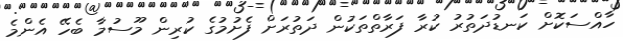
ހާއްސަކޮށް ކަނޑުދަތުރު ކުރާ ފަރާތްތަކުން ދަތުރަށް ފެށުމުގެ ކުރިން މޫސުމާ ބެހޭ އެންމެ